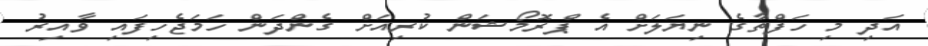
އަދި މި ހަފްތާގެ ނިޔަލަށް އެ ޕްރޮމޯޝަން ކުރިއަށް ގެންދަން ހަމަޖެހިފައި ވާއިރު